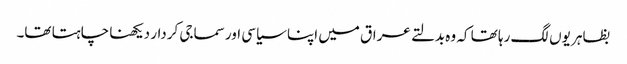
بظاہر یوں لگ رہا تھا کہ وہ بدلتے عراق میں اپنا سیاسی اور سماجی کردار دیکھنا چاہتا تھا۔